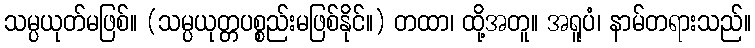
သမ္ပယုတ်မဖြစ်။ (သမ္ပယုတ္တပစ္စည်းမဖြစ်နိုင်။) တထာ၊ ထို့အတူ။ အရူပံ၊ နာမ်တရားသည်။